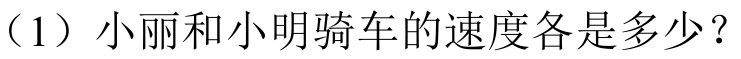
（1）小丽和小明骑车的速度各是多少？